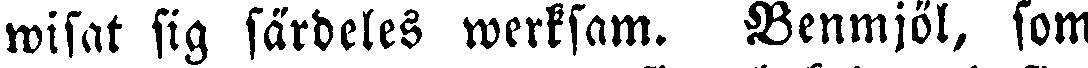
wisat sig särdeles werksam. Benmjöl, som